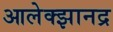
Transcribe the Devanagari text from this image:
आलेक्झानद्र